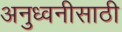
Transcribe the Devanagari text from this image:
अनुध्वनीसाठी